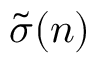
\tilde { \sigma } ( n )